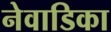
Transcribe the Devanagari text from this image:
नेवाडिका